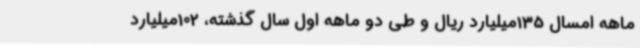
ماهه امسال 135میلیارد ریال و طی دو ماهه اول سال گذشته، 102میلیارد